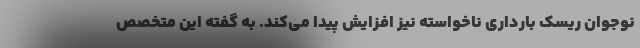
نوجوان ریسک بارداری ناخواسته نیز افزایش پیدا می‌کند. به گفته این متخصص